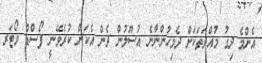
އެންމެ ދިގު މުއްދަތަކަށް ދެމިހުންނާނެ އުސޫލުން ދެން އެކަން ކުރެވޭނީ ފޯސްޑް ވޯޓަރ